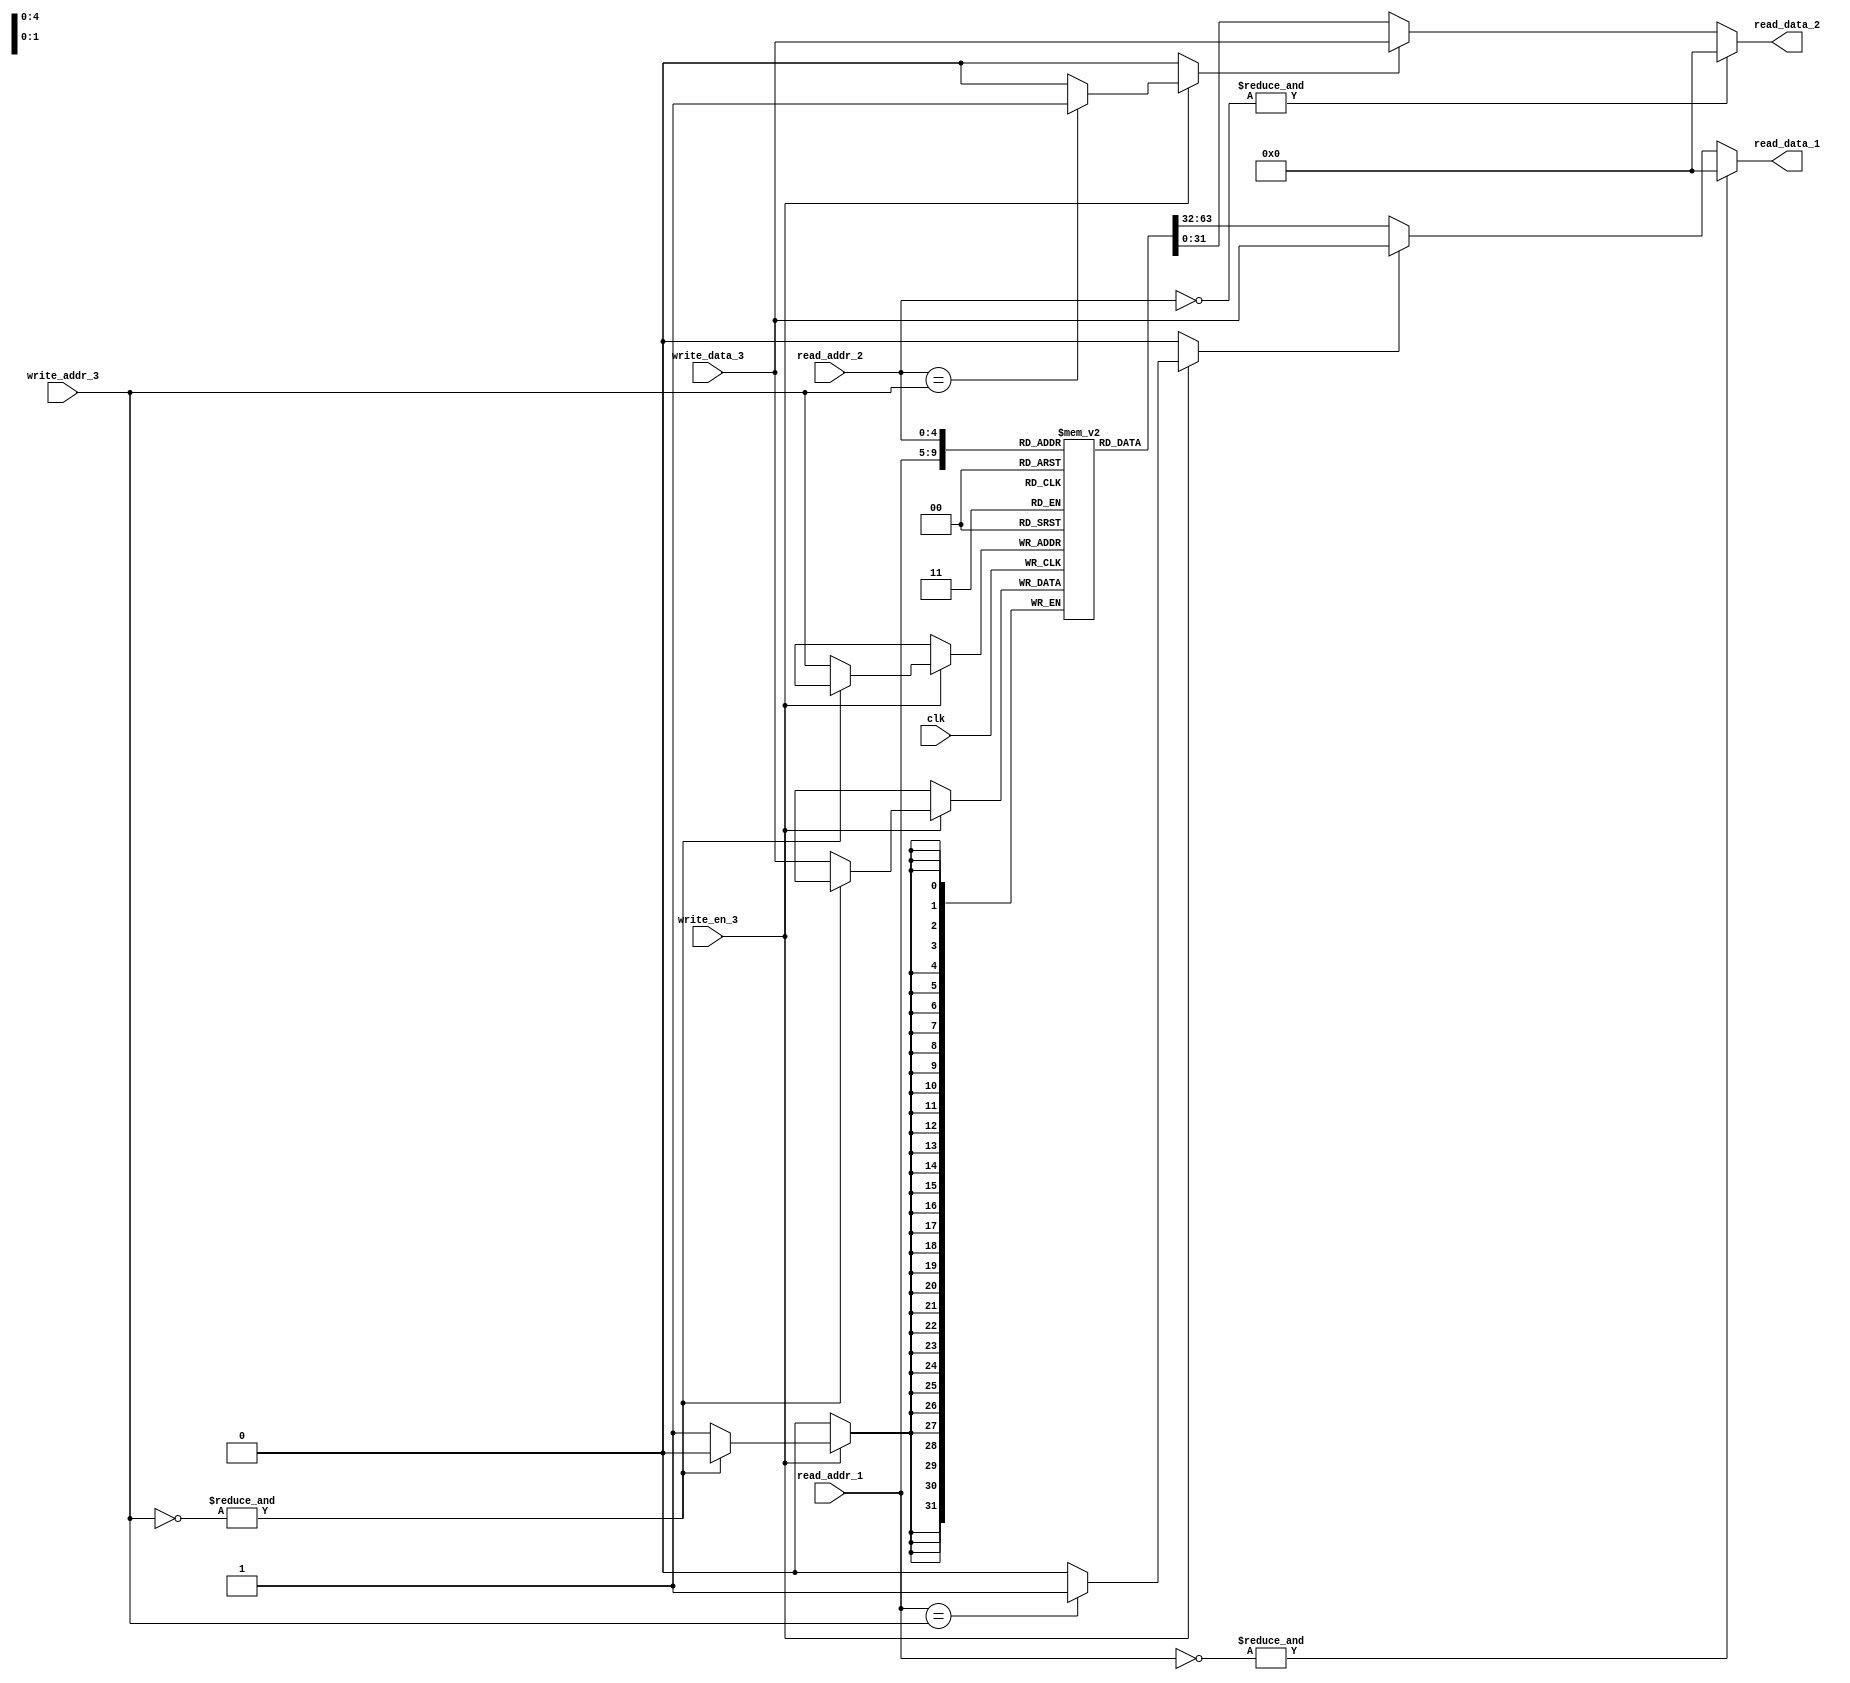
`timescale 1ns / 1ps
//////////////////////////////////////////////////////////////////////////////////
// Company: Personal project
// 
// Design Name: 
// Module Name: registers_file
// Project Name: RISC-V core
// Target Devices: 
// Tool Versions: 
// Description: Registers file
// 
// Dependencies: 
// 
// Revision:
// Revision 0.01 - File Created
// Additional Comments:
// 
//////////////////////////////////////////////////////////////////////////////////

module registers_file 
#(
  parameter REGISTERS_INIT_FILE = ""
)
(
    // Inputs
    input clk,
    input write_en_3,
    input [4:0] read_addr_1,
    input [4:0] read_addr_2,
    input [4:0] write_addr_3,
    input [31:0] write_data_3,
    // Outputs
    output [31:0] read_data_1,
    output [31:0] read_data_2
);

reg [31:0] lc_registers [0:31];

initial if (REGISTERS_INIT_FILE) begin: registers_init
    integer k;

    $display("SRC:INFO: Before start init PC registers file");

    for (k = 0; k < 32; k = k + 1)
    begin
        $display("SRC:INFO: Register %d: 0x%08X", k, lc_registers[k]);
    end

    $readmemh(REGISTERS_INIT_FILE, lc_registers, 0, 31);

    $display("SRC:INFO: After start init PC registers file");
    for (k = 0; k < 32; k = k + 1)
    begin
        $display("SRC:INFO: Register %d: 0x%08X", k, lc_registers[k]);
    end
end

wire [4:0] inv_read_addr_1;
wire [4:0] inv_read_addr_2;
wire [4:0] inv_write_addr_3;

wire read_addr_1_reg_zero_fl;
wire read_addr_2_reg_zero_fl;
wire write_addr_3_reg_zero_fl;

reg  write_forward_rd1_fl;
reg  write_forward_rd2_fl;

assign inv_read_addr_1 = ~read_addr_1;
assign inv_read_addr_2 = ~read_addr_2;
assign inv_write_addr_3 = ~write_addr_3;

assign read_addr_1_reg_zero_fl = &inv_read_addr_1;
assign read_addr_2_reg_zero_fl = &inv_read_addr_2;
assign write_addr_3_reg_zero_fl = &inv_write_addr_3;

always @(*) begin
    if (write_en_3) begin
        if (read_addr_1 == write_addr_3) begin
            write_forward_rd1_fl <= 1'b1;
        end
        else begin
            write_forward_rd1_fl <= 1'b0;
        end
    end
    else begin
        write_forward_rd1_fl <= 1'b0;
    end
end

always @(*) begin
    if (write_en_3) begin
        if (read_addr_2 == write_addr_3) begin
            write_forward_rd2_fl <= 1'b1;
        end
        else begin
            write_forward_rd2_fl <= 1'b0;
        end
    end
    else begin
        write_forward_rd2_fl <= 1'b0;
    end
end

assign read_data_1 = (read_addr_1_reg_zero_fl == 1'b1) ? 32'h00000000 : {(write_forward_rd1_fl) ? write_data_3 : lc_registers[read_addr_1]};
assign read_data_2 = (read_addr_2_reg_zero_fl == 1'b1) ? 32'h00000000 : {(write_forward_rd2_fl) ? write_data_3 : lc_registers[read_addr_2]};

always @(posedge clk)
begin
    if (write_en_3)
        if (~write_addr_3_reg_zero_fl)
        begin
            lc_registers[write_addr_3] <= write_data_3;
        end
end

endmodule